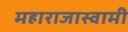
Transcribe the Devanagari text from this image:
महाराजास्‍वामी